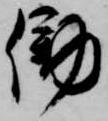
働